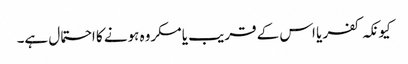
کیونکہ کفر یا اس کے قریب یا مکروہ ہونے کا احتمال ہے۔